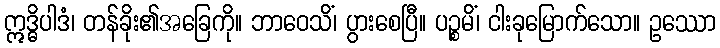
ဣဒ္ဓိပါဒံ၊ တန်ခိုး၏အခြေကို။ ဘာဝေသိံ၊ ပွားစေပြီ။ ပဉ္စမိံ၊ ငါးခုမြောက်သော။ ဥဿော